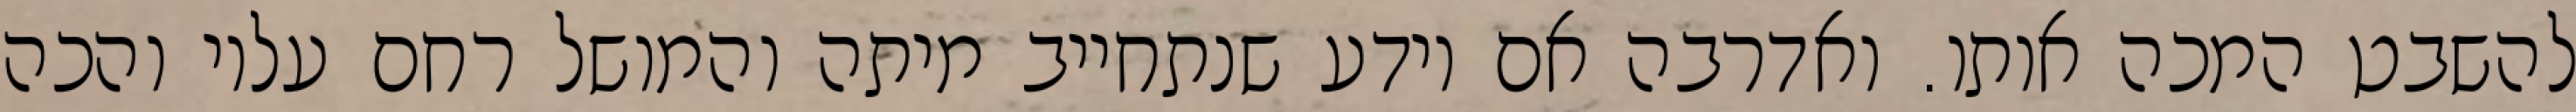
להשבט המכה אותו. ואדרבה אם יודע שנתחייב מיתה והמושל רחם עליו והכה